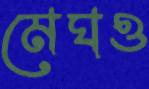
মেঘও